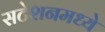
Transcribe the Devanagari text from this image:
सटेशनमध्ये